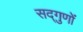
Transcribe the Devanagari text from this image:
सद्‌गुणों